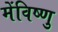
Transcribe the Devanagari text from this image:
मेंविष्णु